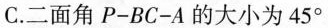
C.二面角P-BC-A的大小为45°